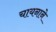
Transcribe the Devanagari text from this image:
चायनाने